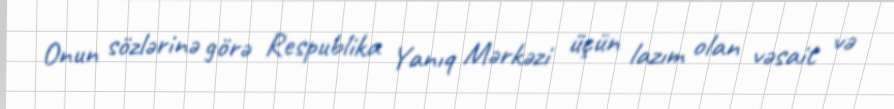
Onun sözlərinə görə Respublika Yanıq Mərkəzi üçün lazım olan vəsait və